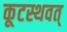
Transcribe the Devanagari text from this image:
कूटस्थवत्‌